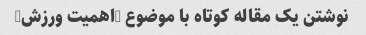
نوشتن یک مقاله کوتاه با موضوع "اهمیت ورزش"